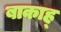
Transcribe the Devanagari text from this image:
बाकाह्